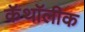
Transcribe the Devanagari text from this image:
कॅथॉलीक